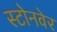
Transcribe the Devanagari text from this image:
स्टोनवेर